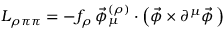
{ \cal L } _ { \rho \pi \pi } = - f _ { \rho } \, \vec { \phi } _ { \mu } ^ { ( \rho ) } \cdot \left( \vec { \phi } \times \partial ^ { \mu } \vec { \phi } \, \right)